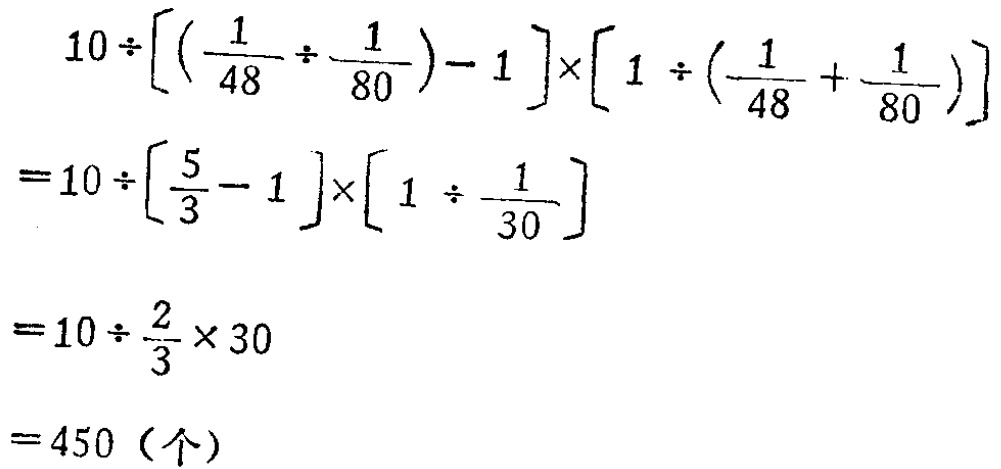
\[
\begin{align*}
&10\div\left[\left(\frac{1}{48}\div\frac{1}{80}\right)-1\right]\times\left[1\div\left(\frac{1}{48}+\frac{1}{80}\right)\right]\\
=&10\div\left[\frac{5}{3}-1\right]\times\left[1\div\frac{1}{30}\right]\\
=&10\div\frac{2}{3}\times30\\
=&450 \text{（个）}
\end{align*}
\]